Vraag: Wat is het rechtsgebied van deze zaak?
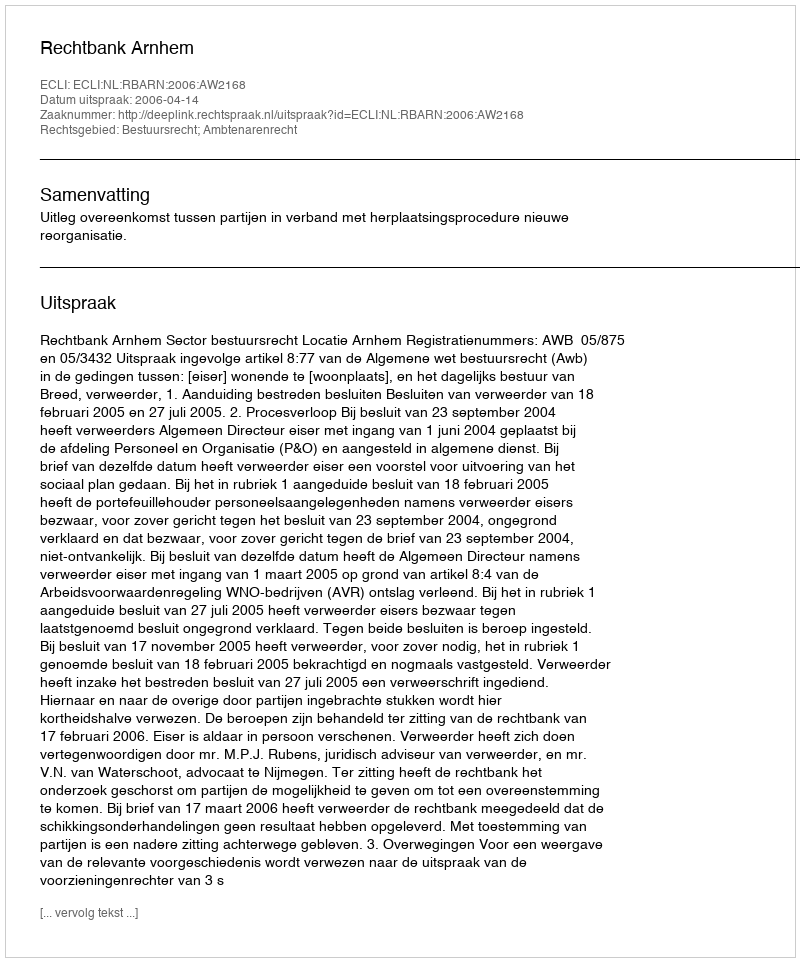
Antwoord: Bestuursrecht; Ambtenarenrecht